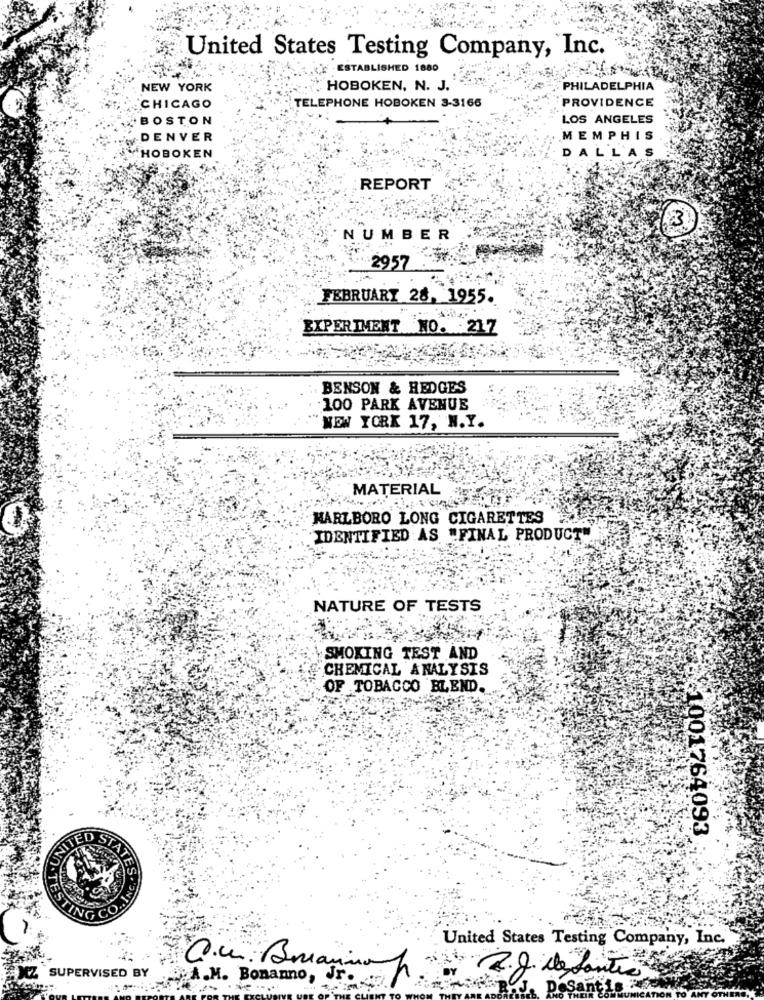
United States Testing Company, Inc.
ESTABLISHED 1880
NEW YORK
HOBOKEN, N. J.
PHILADELPHIA
TELEPHONE HOBOKEN 3-3166
PROVIDENCE
CHICAGO
BOSTON
LOS ANGELES
DENVER
MEMPHIS
DALLAS
YHOBOKEN
REPORT
NUMBER
.. 2957
FEBRUARY 28, 1955.
EXPERIMENT NO. 217
BENSON & HEDGES
100 PARK AVENUE
NEW YORK 17, N.Y.
MATERIAL
MARLBORO LONG CIGARETTES
IDENTIFIED AS "FINAL PRODUCT"
NATURE OF TESTS
SMOKING TEST AND
CHEMICAL ANALYSIS
OF TOBACCO BLEND.
001764093
UNITED STATES
TEST
United States Testing Company, Inc.
R.J. de fontes
MZ SUPERVISED BY
A.M. Bonanno, Jr.
C.c. Buanno p
DeSant